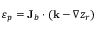
\varepsilon _ { p } = { \bf J } _ { b } \cdot ( { \bf k } - \nabla z _ { r } )